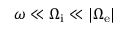
\omega \ll \Omega _ { \mathrm { i } } \ll | \Omega _ { \mathrm { e } } |